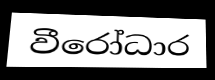
වීරෝධාර